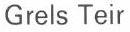
Grels Teir